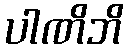
ပါဏိဘိ